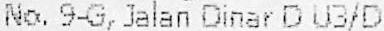
NO. 9-G, JALAN DINAR D U3/D